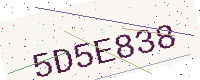
Text: 5D5E838